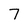
Character: 7